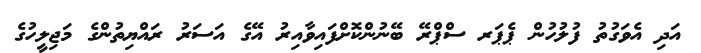
އަދި އެވަގުތު ފުލުހުން ޕެޕަރ ސްޕްރޭ ބޭނުންކޮށްފައިވާއިރު އޭގެ އަސަރު ރައްޔިތުންގެ މަޖިލީހުގެ